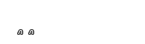
٨٨